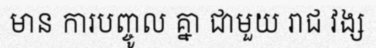
មាន ការបញ្ចូល គ្នា ជាមួយ រាជ វង្ស